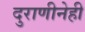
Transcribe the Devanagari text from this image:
दुराणीनेही